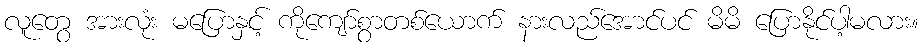
လူတွေ အားလုံး မပြောနှင့် ကိုကျော်စွာတစ်ယောက် နားလည်အောင်ပင် မိမိ ပြောနိုင်ပါ့မလား။